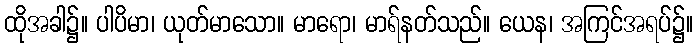
ထိုအခါ၌။ ပါပိမာ၊ ယုတ်မာသော။ မာရော၊ မာရ်နတ်သည်။ ယေန၊ အကြင်အရပ်၌။